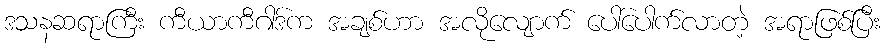
ဒသနဆရာကြီး ကီယာကီဂါဒ်က အချစ်ဟာ အလိုလျောက် ပေါ်ပေါက်လာတဲ့ အရာဖြစ်ပြီး